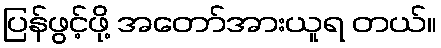
ပြန်ဖွင့်ဖို့ အတော်အားယူရ တယ်။